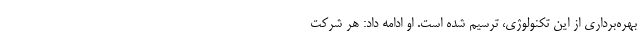
بهره‌برداری از این تکنولوژی، ترسیم شده است. او ادامه داد: هر شرکت